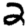
Digit: 2